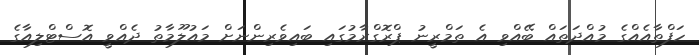
ހަފްތާއެއްގެ މުއްދަތައް ބޭއްވި އެ ތަމްރީނު ޕްރޮގްރާމުގައި ބައިވެރިންނަށް މައުލޫމާތު ދެއްވީ އޮސްޓްލިއާގެ